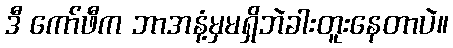
ဒီ ကော်ဖီက ဘာအနံ့မှမရှိဘဲခါးတူးနေတာပဲ။